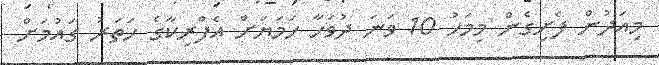
މިއަދުން ފެށިގެން މިމަހު 10 ވަނަ ދުވަހާ ހަމަޔަށް އެފްރިކާގެ ހަތަރު ގައުމަށް